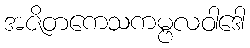
အဇိတကေသကမ္ဗလဝါဒေါ